Indian journal of veterinary science and animal husbandry - Volume 5,
Year: 1935
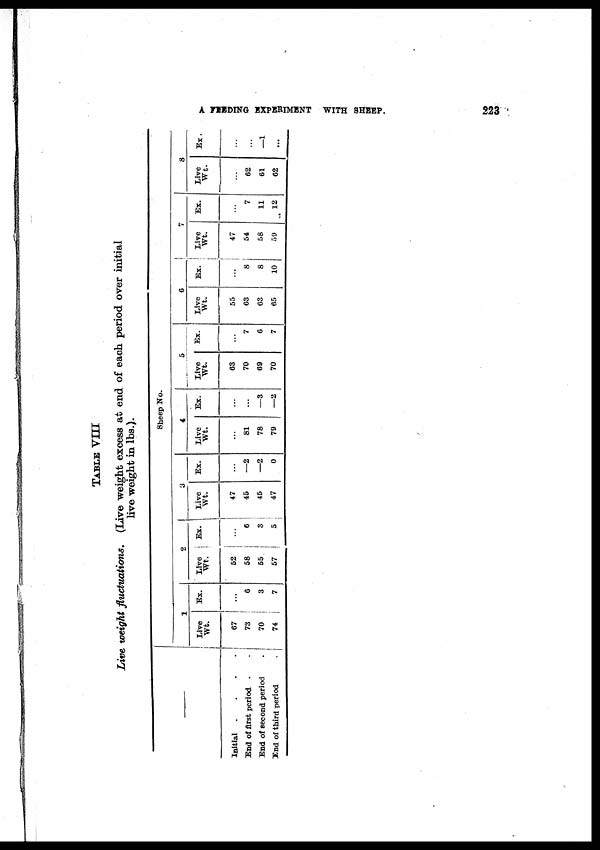
A FEEDING EXPERIMENT WITH SHEEP.
223
TABLE VIII.
Live weight fluctutions.
(Live weight excess at end of each period over initial
live weight in lbs.).
Initial .
End of first period . . .
End of second period . .
End of third period
.
Sheep No.
1
Live
Wt.
67
73
70
74
Ex.
...
6
3
7
2
Live
Wt.
52
58
55
57
Ex.
...
6
3
5
3
Live
Wt.
47
45
45
47
Ex.
...
—2
—2
0
4
Live
wt.
...
81
78
79
Ex.
...
...
—3
—2
5
Live
wt.
63
70
69
70
Ex.
...
7
6
7
6
Live
Wt.
55
63
63
65
Ex.
...
8
8
10
7
Live
Wt.
47
54
58
59
Ex.
...
7
11
12
8
Live
Wt-
...
62
61
62
Ex.
...
...
—1
...